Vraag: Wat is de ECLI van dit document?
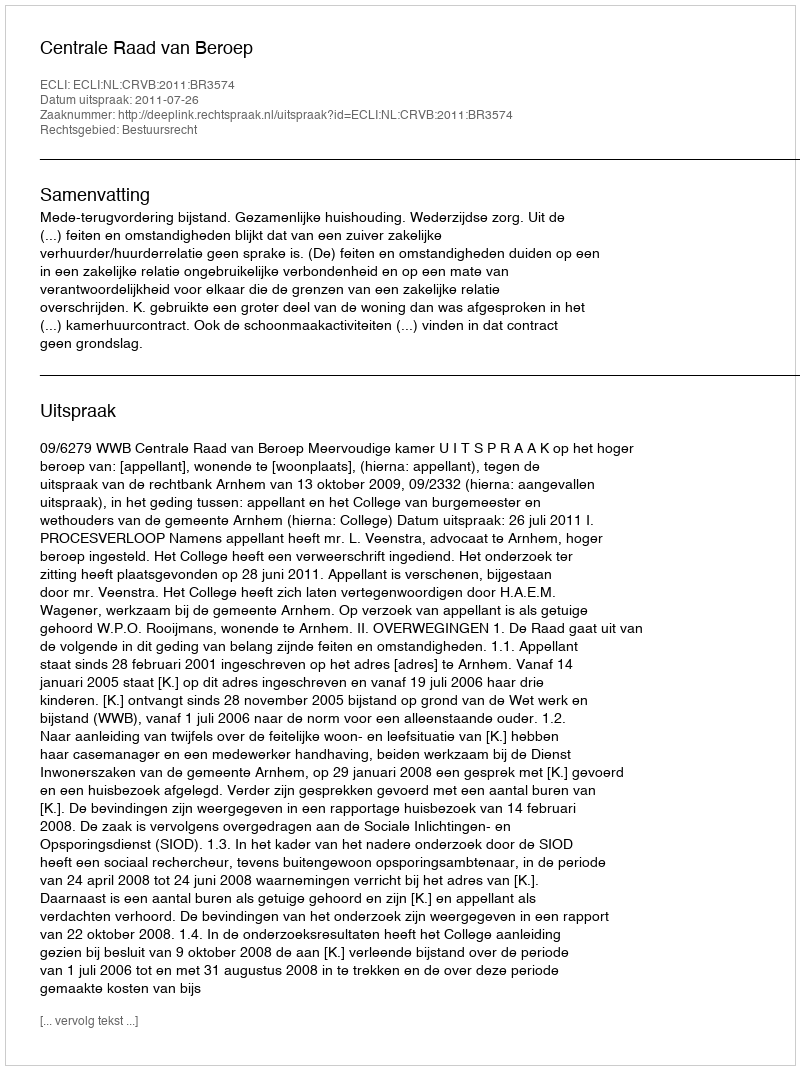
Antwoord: ECLI:NL:CRVB:2011:BR3574